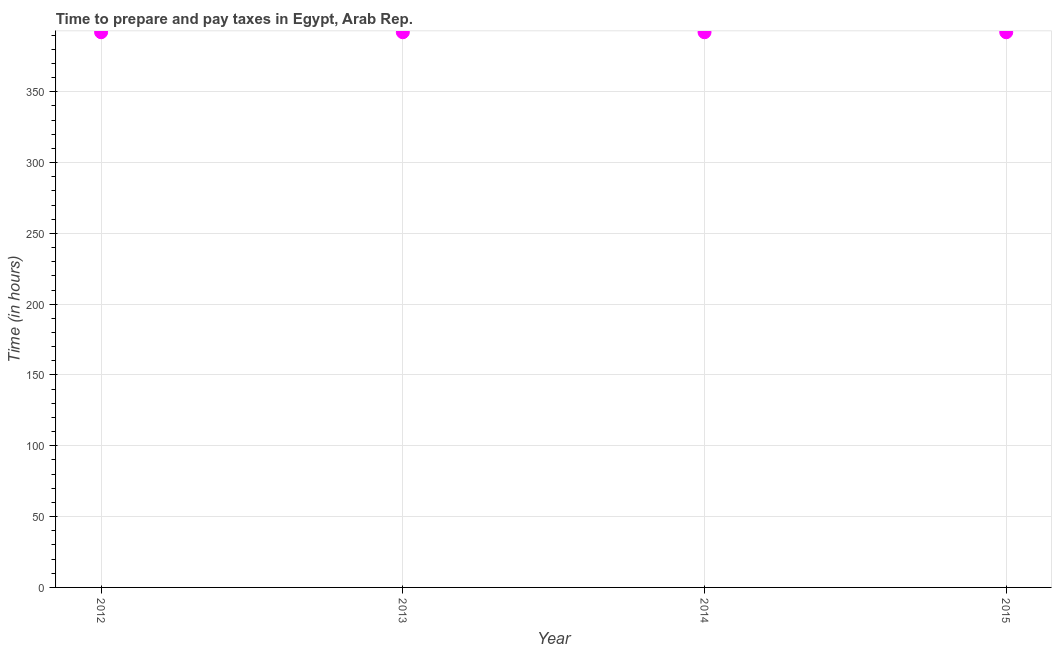
| Year | Time to prepare and pay taxes |
 | --- | --- |
 | 2012 | 392 |
 | 2013 | 392 |
 | 2014 | 392 |
 | 2015 | 392 |